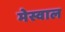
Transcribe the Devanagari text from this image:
मेस्वाल